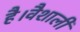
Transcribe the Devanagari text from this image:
है।वैशाली